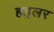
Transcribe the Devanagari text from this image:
हइलर